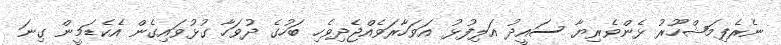
ނެރެފިމަޝްހޫރު ޅެންވެރިޔާ ސައީދު އަލިފުޅު އަވަހާރަވެއްޖެދިވެހި ބަހުގެ ދުވަހާ ގުޅުވައިގެން އެކެޑަމީން ގިނަ